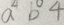
a b 4